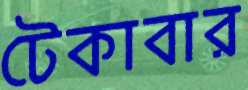
টেকাবার